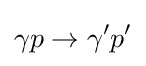
\gamma p\to \gamma ^{\prime }p^{\prime }